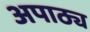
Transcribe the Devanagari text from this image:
अपाठ्य